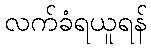
လက်ခံရယူရန်